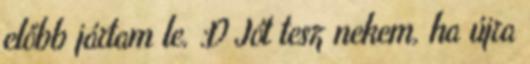
előbb jártam le. :D Jót tesz nekem, ha újra